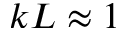
k L \approx 1